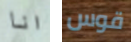
انا قوس